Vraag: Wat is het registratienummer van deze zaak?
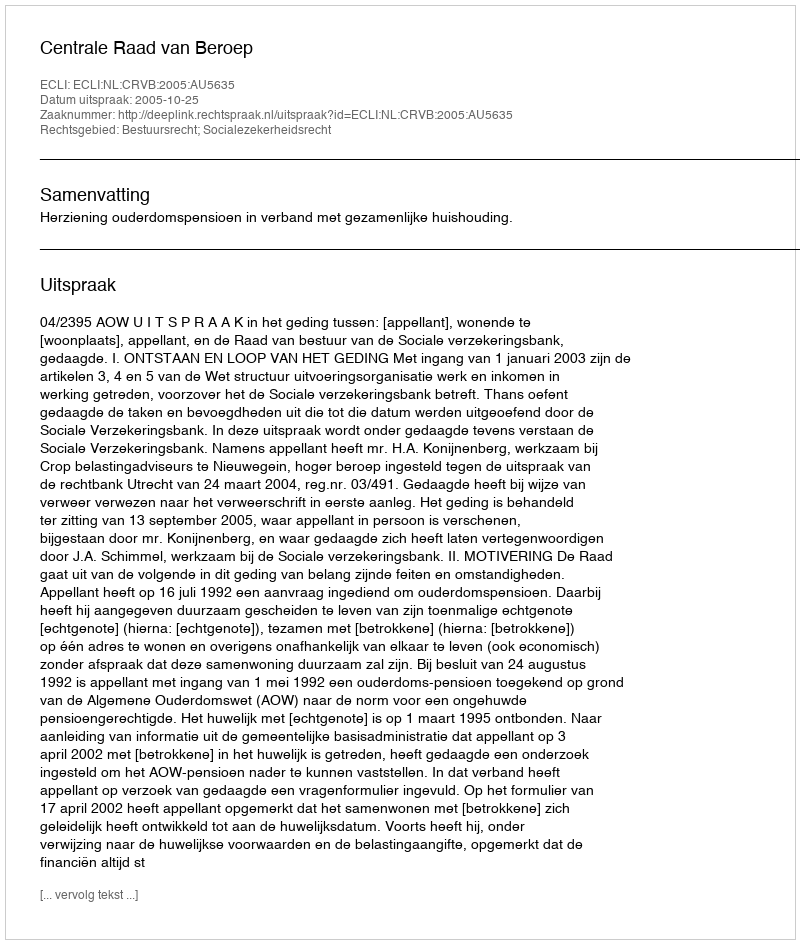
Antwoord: http://deeplink.rechtspraak.nl/uitspraak?id=ECLI:NL:CRVB:2005:AU5635